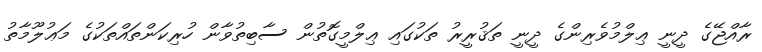
ރާއްޖޭގެ ދީނީ ޢިލްމުވެރިންގެ ދީނީ ތަޤުރީރު ތަކުގައި ޢިލްމީގޮތުން ސާބިތުވާން ހުރިކަންތައްތަކުގެ މަޢުލޫމާތު